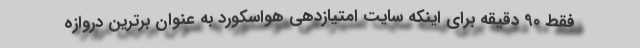
فقط 90 دقیقه برای اینکه سایت امتیازدهی هواسکورد به عنوان برترین دروازه